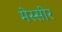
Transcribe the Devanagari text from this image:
मेस्सीर